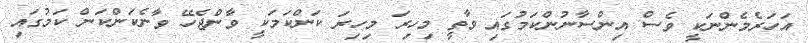
އަހަރެމެންނަކީ ވެސް އިންސާނުންކަމުގައި ވާތީ މިހިރަ މިހިރަ ކަންކަމަކީ ވާންޖެހޭ ވާނެކަންކަން ކަމުގައި